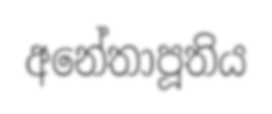
අනේතාපූතිය